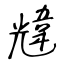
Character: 韑